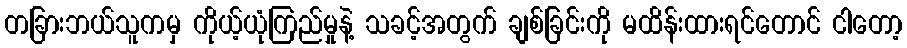
တခြားဘယ်သူကမှ ကိုယ့်ယုံကြည်မှုနဲ့ သခင့်အတွက် ချစ်ခြင်းကို မထိန်းထားရင်တောင် ငါတော့